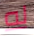
له